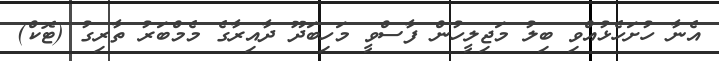
އެނާ ހުށަހެޅުއްވި ބިލު މަޖިލީހުން ފާސްވީ މަހިބަދޫ ދާއިރާގެ މެމްބަރު ތާރިގު (ޓޮކް)